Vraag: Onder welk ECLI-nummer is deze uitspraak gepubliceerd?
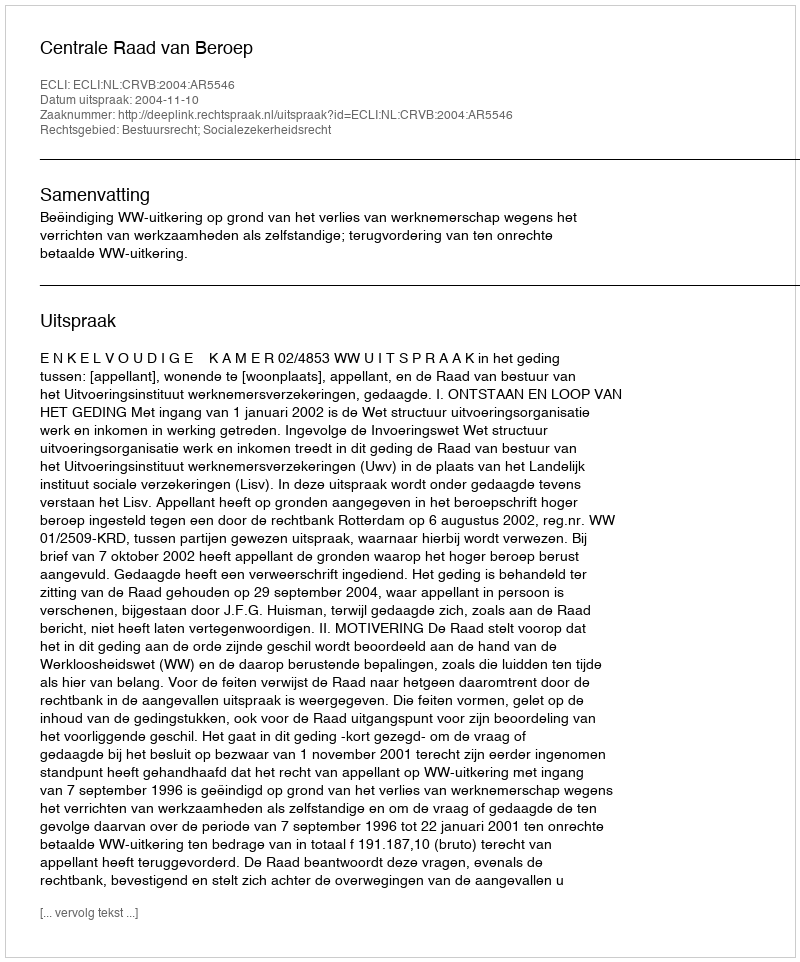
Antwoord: ECLI:NL:CRVB:2004:AR5546